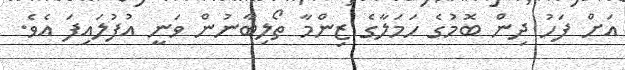
އަށް ފަހު ދިން ބޮމުގެ ހަމަލާގެ ޒިންމާ ތޯލިބާނުން ވަނީ އުފުލައިފަ އެވެ.